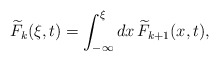
\begin{align*}\widetilde{F}_{k}(\xi,{t})=\int^\xi_{-\infty} dx\,\widetilde{F}_{k+1}(x,{t}),\end{align*}